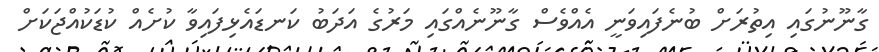
ގާނޫނުގައި އިތުރަށް ބުނެފައިވަނީ އެއްވެސް ގާނޫނެއްގައި މަރުގެ އަދަބު ކަނޑައެޅިފައިވާ ކުށެއް ކުޑަކުއްޖަކަށް